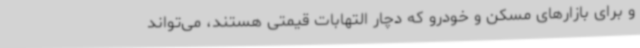
و برای بازارهای مسکن و خودرو که دچار التهابات قیمتی هستند، می‌تواند